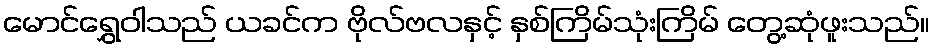
မောင်ရွှေဝါသည် ယခင်က ဗိုလ်ဗလနှင့် နှစ်ကြိမ်သုံးကြိမ် တွေ့ဆုံဖူးသည်။